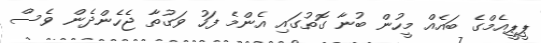
ޕީޕީއެމްގެ ބައެއް މީހުން ބުނާ ގޮތުގައި އެންމެ ފަހު ވަގުތާ ޖެހެންދެން ވެސް